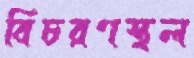
বিচরণস্থল